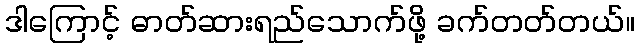
ဒါကြောင့် ဓာတ်ဆားရည်သောက်ဖို့ ခက်တတ်တယ်။